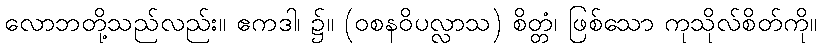
လောဘတို့သည်လည်း။ ဧကဒါ၊ ၌။ (ဝစနဝိပလ္လာသ) စိတ္တံ၊ ဖြစ်သော ကုသိုလ်စိတ်ကို။